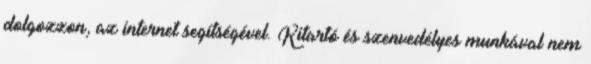
dolgozzon, az internet segítségével. Kitartó és szenvedélyes munkával nem